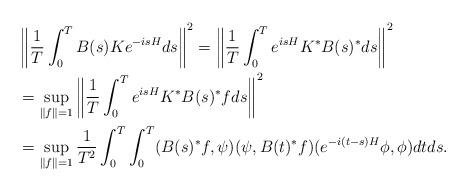
LaTeX: \begin{align*}\begin{aligned}&\left\Vert\frac{1}{T}\int_0^T B(s)Ke^{-isH}ds\right\Vert^2=\left\Vert\frac{1}{T}\int_0^T e^{isH}K^*B(s)^*ds\right\Vert^2\\&=\sup_{\Vert f\Vert=1}\left\Vert\frac{1}{T}\int_0^T e^{isH}K^*B(s)^*fds\right\Vert^2\\&=\sup_{\Vert f\Vert=1}\frac{1}{T^2}\int_0^T\int_0^T (B(s)^* f,\psi)(\psi,B(t)^* f)(e^{-i(t-s)H}\phi,\phi)dt ds.\end{aligned}\end{align*}